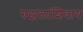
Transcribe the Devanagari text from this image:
गझलांशिवाय